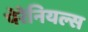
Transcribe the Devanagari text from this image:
पेरेनियल्स